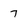
Character: 7